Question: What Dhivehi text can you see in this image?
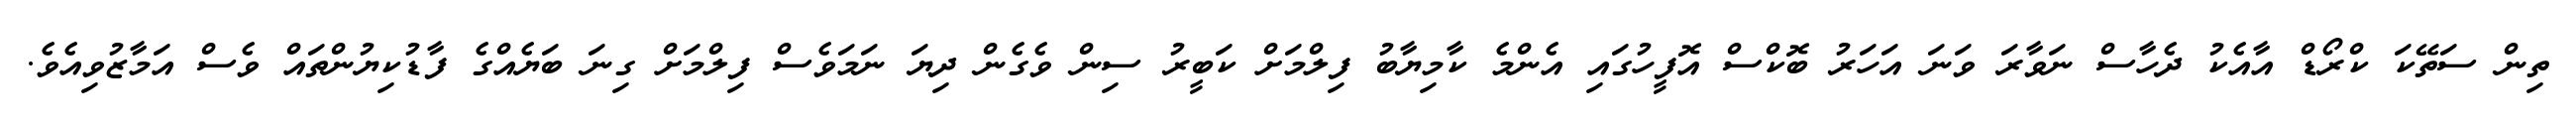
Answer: ތިން ސަތޭކަ ކްރޯޑް އާއެކު ދެހާސް ނަވާރަ ވަނަ އަހަރު ބޮކްސް އޮފީހުގައި އެންމެ ކާމިޔާބު ފިލްމަށް ކަބީރު ސިން ވެގެން ދިޔަ ނަމަވެސް ފިލްމަށް ގިނަ ބަޔެއްގެ ފާޑުކިޔުންތައް ވެސް އަމާޒުވިއެވެ.